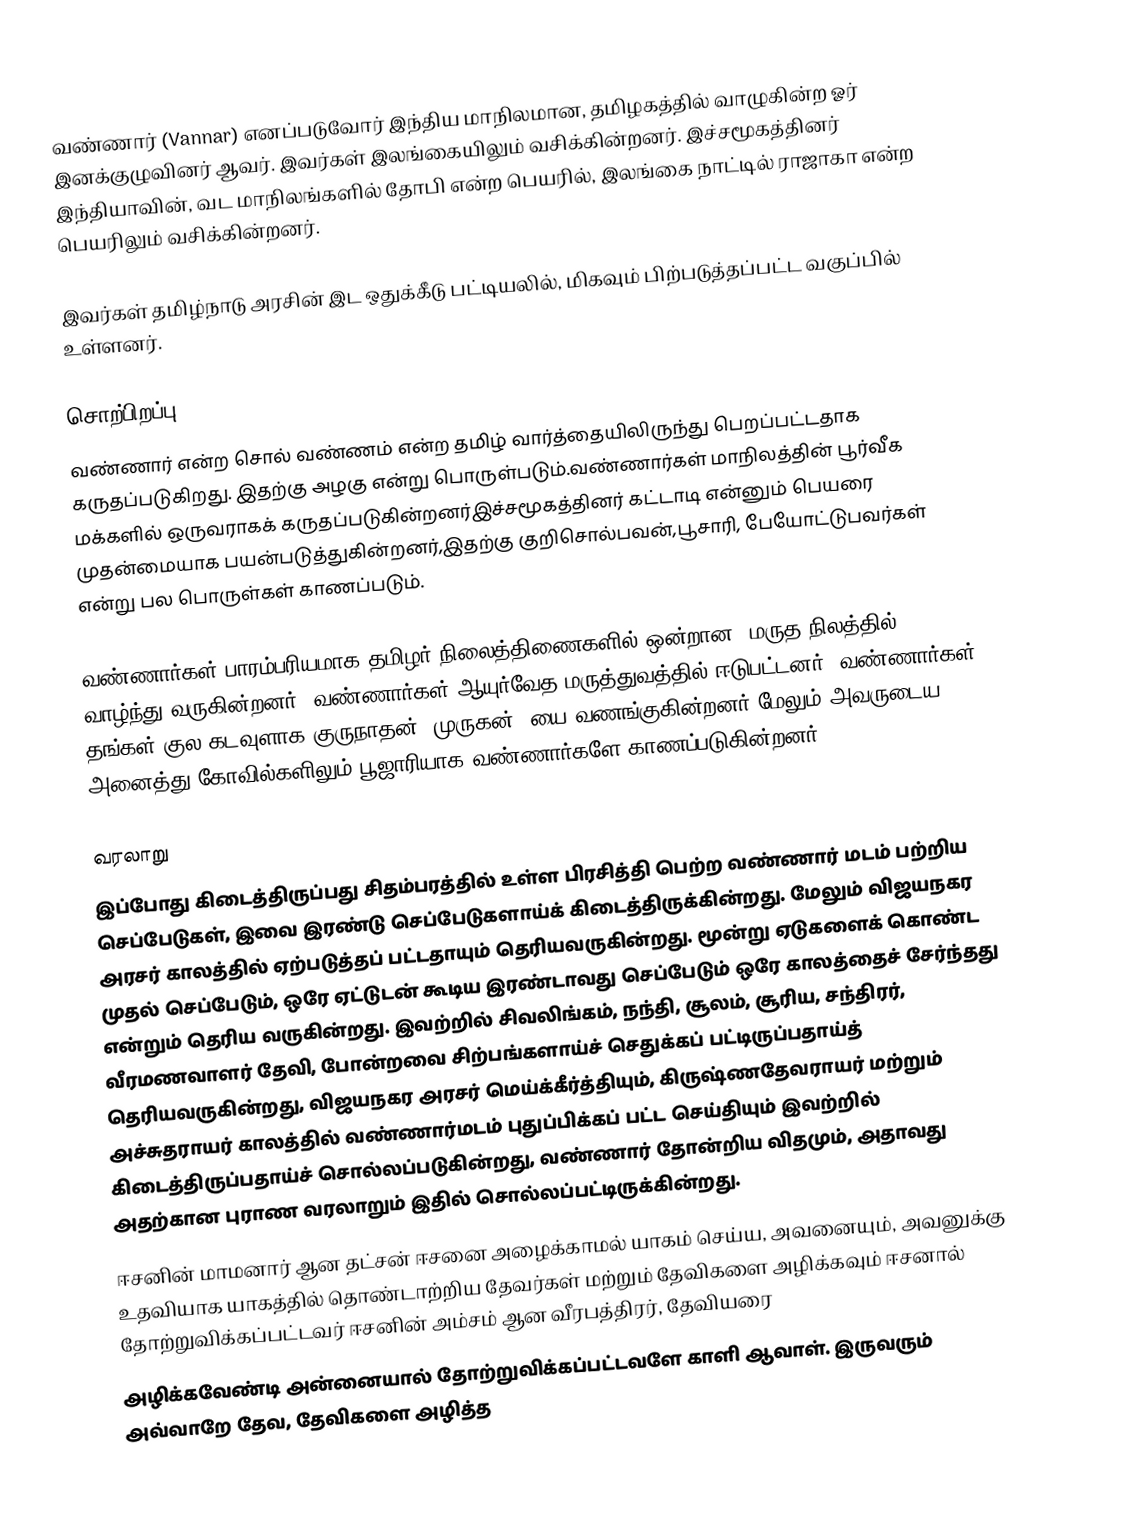
வண்ணார் (Vannar) எனப்படுவோர் இந்திய மாநிலமான, தமிழகத்தில் வாழுகின்ற ஓர் இனக்குழுவினர் ஆவர். இவர்கள் இலங்கையிலும் வசிக்கின்றனர். இச்சமூகத்தினர் இந்தியாவின், வட மாநிலங்களில் தோபி என்ற பெயரில், இலங்கை நாட்டில்  ராஜாகா என்ற பெயரிலும் வசிக்கின்றனர்.

இவர்கள் தமிழ்நாடு அரசின் இட ஒதுக்கீடு பட்டியலில், மிகவும் பிற்படுத்தப்பட்ட வகுப்பில் உள்ளனர்.

சொற்பிறப்பு
வண்ணார் என்ற சொல் வண்ணம் என்ற தமிழ் வார்த்தையிலிருந்து பெறப்பட்டதாக கருதப்படுகிறது. இதற்கு அழகு என்று பொருள்படும்.வண்ணார்கள் மாநிலத்தின் பூர்வீக மக்களில் ஒருவராகக் கருதப்படுகின்றனர்இச்சமூகத்தினர் கட்டாடி என்னும் பெயரை முதன்மையாக பயன்படுத்துகின்றனர்,இதற்கு குறிசொல்பவன்,பூசாரி, பேயோட்டுபவர்கள் என்று பல பொருள்கள் காணப்படும்.

வண்ணார்கள் பாரம்பரியமாக தமிழர் நிலைத்திணைகளில் ஒன்றான, மருத நிலத்தில் வாழ்ந்து வருகின்றனர். வண்ணார்கள் ஆயுர்வேத மருத்துவத்தில் ஈடுபட்டனர். வண்ணார்கள் தங்கள் குல கடவுளாக குருநாதன் (முருகன்) யை வணங்குகின்றனர் மேலும் அவருடைய அனைத்து கோவில்களிலும் பூஜாரியாக வண்ணார்களே காணப்படுகின்றனர்

வரலாறு
இப்போது கிடைத்திருப்பது சிதம்பரத்தில் உள்ள பிரசித்தி பெற்ற வண்ணார் மடம் பற்றிய செப்பேடுகள், இவை இரண்டு செப்பேடுகளாய்க் கிடைத்திருக்கின்றது. மேலும் விஜயநகர அரசர் காலத்தில் ஏற்படுத்தப் பட்டதாயும் தெரியவருகின்றது. மூன்று ஏடுகளைக் கொண்ட முதல் செப்பேடும், ஒரே ஏட்டுடன் கூடிய இரண்டாவது செப்பேடும் ஒரே காலத்தைச் சேர்ந்தது என்றும் தெரிய வருகின்றது. இவற்றில் சிவலிங்கம், நந்தி, சூலம், சூரிய, சந்திரர், வீரமணவாளர் தேவி, போன்றவை சிற்பங்களாய்ச் செதுக்கப் பட்டிருப்பதாய்த் தெரியவருகின்றது, விஜயநகர அரசர் மெய்க்கீர்த்தியும், கிருஷ்ணதேவராயர் மற்றும் அச்சுதராயர் காலத்தில் வண்ணார்மடம் புதுப்பிக்கப் பட்ட செய்தியும் இவற்றில் கிடைத்திருப்பதாய்ச் சொல்லப்படுகின்றது, வண்ணார் தோன்றிய விதமும், அதாவது அதற்கான புராண வரலாறும் இதில் சொல்லப்பட்டிருக்கின்றது.
ஈசனின் மாமனார் ஆன தட்சன் ஈசனை அழைக்காமல் யாகம் செய்ய, அவனையும், அவனுக்கு உதவியாக யாகத்தில் தொண்டாற்றிய தேவர்கள் மற்றும் தேவிகளை அழிக்கவும் ஈசனால் தோற்றுவிக்கப்பட்டவர் ஈசனின் அம்சம் ஆன வீரபத்திரர், தேவியரை
அழிக்கவேண்டி அன்னையால் தோற்றுவிக்கப்பட்டவளே காளி ஆவாள். இருவரும் அவ்வாறே தேவ, தேவிகளை அழித்த